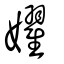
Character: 嬥